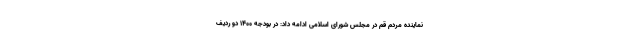
نماینده مردم قم در مجلس شورای اسلامی ادامه داد: در بودجه 1400 دو ردیف